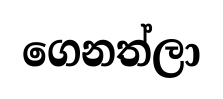
ගෙනත්ලා